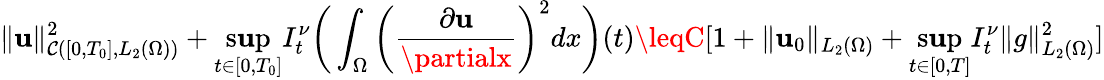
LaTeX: \| \mathbf{u}\| _{\mathcal{{C}}([0,T_{0}],L_{2}(\Omega))}^{2}+\underset{t\in[0,T_{0}]}{\operatorname*{s\mathbf{u}p}}I_{t}^{\nu}\bigg(\int_{\Omega}\bigg(\frac{{\partial\mathbf{u}}}{{\partialx}}\bigg)^{2}dx\bigg)(t)\leqC[1+\| \mathbf{u}_{0}\| _{L_{2}(\Omega)}+\underset{t\in[0,T]}{\operatorname*{s\mathbf{u}p}}I_{t}^{\nu}\| g\| _{L_{2}(\Omega)}^{2}]